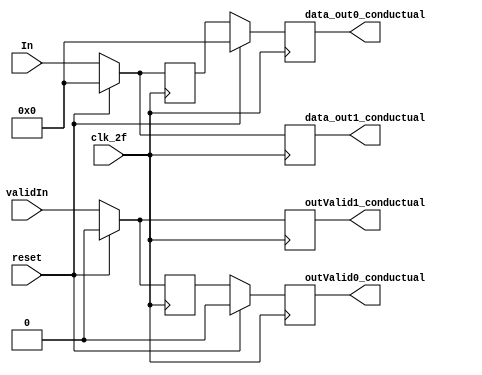
module Demux_1x2_8Bits( 
        input [7:0] In, 
        input clk_2f, validIn, reset, 
        output reg outValid0_conductual, outValid1_conductual,  
        output reg [7:0] data_out0_conductual,data_out1_conductual

);

        reg [7:0] ValorAnterior_out1;
        reg  validTemp_In1;

        always @(posedge clk_2f)begin 
                if (reset == 1)begin
                        data_out0_conductual <= 0;
                        outValid0_conductual <= 0;
                        data_out1_conductual <= 0;
                        outValid1_conductual <= 0;
                end
                else begin
                        data_out1_conductual <= In;
                        outValid1_conductual <= validIn;
                        data_out0_conductual <= ValorAnterior_out1;
                        outValid0_conductual <= validTemp_In1;
                end     
        end
        
        always @(negedge clk_2f)begin 
                if (reset == 1)begin
                        ValorAnterior_out1 <= 0;
                        validTemp_In1 <= 0;
                end
                else begin     
                ValorAnterior_out1 <= In;
                validTemp_In1 <= validIn;
        end
        end


endmodule